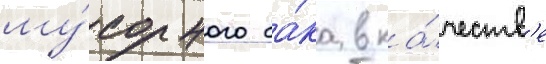
му́сорного ба́ка в ка́честв'е